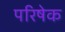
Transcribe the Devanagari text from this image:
परिषेक